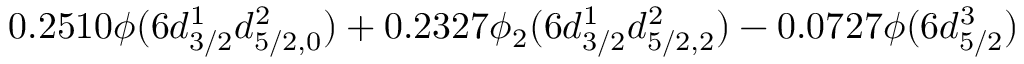
0 . 2 5 1 0 \phi ( 6 d _ { 3 / 2 } ^ { 1 } d _ { 5 / 2 , 0 } ^ { 2 } ) + 0 . 2 3 2 7 \phi _ { 2 } ( 6 d _ { 3 / 2 } ^ { 1 } d _ { 5 / 2 , 2 } ^ { 2 } ) - 0 . 0 7 2 7 \phi ( 6 d _ { 5 / 2 } ^ { 3 } )